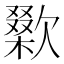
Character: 𣤜